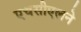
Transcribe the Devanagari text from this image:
एचसीएलने